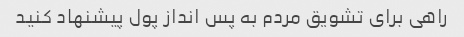
راهی برای تشویق مردم به پس انداز پول پیشنهاد کنید